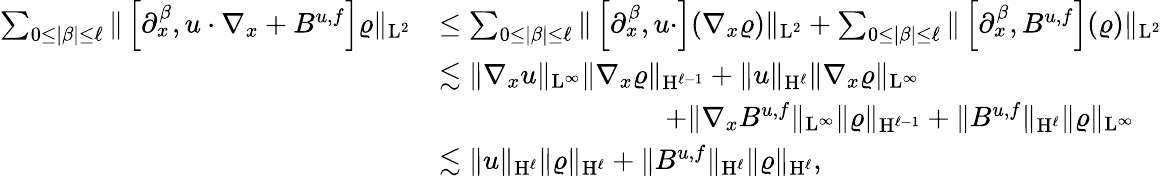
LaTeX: \begin{array}{rl}{\sum_{0\leq\vert\beta\vert\leq\ell}\Vert\left[\partial_{x}^{\beta},u\cdot\nabla_{x}+B^{u,f}\right]\varrho\Vert_{\mathrm{L}^{2}}}&{\leq\sum_{0\leq\vert\beta\vert\leq\ell}\Vert\left[\partial_{x}^{\beta},u\cdot\right](\nabla_{x}\varrho)\Vert_{\mathrm{L}^{2}}+\sum_{0\leq\vert\beta\vert\leq\ell}\Vert\left[\partial_{x}^{\beta},B^{u,f}\right](\varrho)\Vert_{\mathrm{L}^{2}}}\\ &{\lesssim\Vert\nabla_{x}u\Vert_{\mathrm{L}^{\infty}}\Vert\nabla_{x}\varrho\Vert_{\mathrm{H}^{\ell-1}}+\Vert u\Vert_{\mathrm{H}^{\ell}}\Vert\nabla_{x}\varrho\Vert_{\mathrm{L}^{\infty}}}\\ &{\qquad\qquad\qquad\qquad+\Vert\nabla_{x}B^{u,f}\Vert_{\mathrm{L}^{\infty}}\Vert\varrho\Vert_{\mathrm{H}^{\ell-1}}+\Vert B^{u,f}\Vert_{\mathrm{H}^{\ell}}\Vert\varrho\Vert_{\mathrm{L}^{\infty}}}\\ &{\lesssim\Vert u\Vert_{\mathrm{H}^{\ell}}\Vert\varrho\Vert_{\mathrm{H}^{\ell}}+\Vert B^{u,f}\Vert_{\mathrm{H}^{\ell}}\Vert\varrho\Vert_{\mathrm{H}^{\ell}},}\end{array}